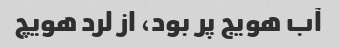
آب هویج پر بود، از لرد هویچ